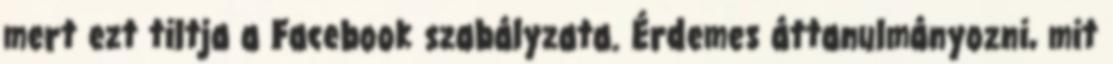
mert ezt tiltja a Facebook szabályzata. Érdemes áttanulmányozni, mit